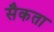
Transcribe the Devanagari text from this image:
सैकता